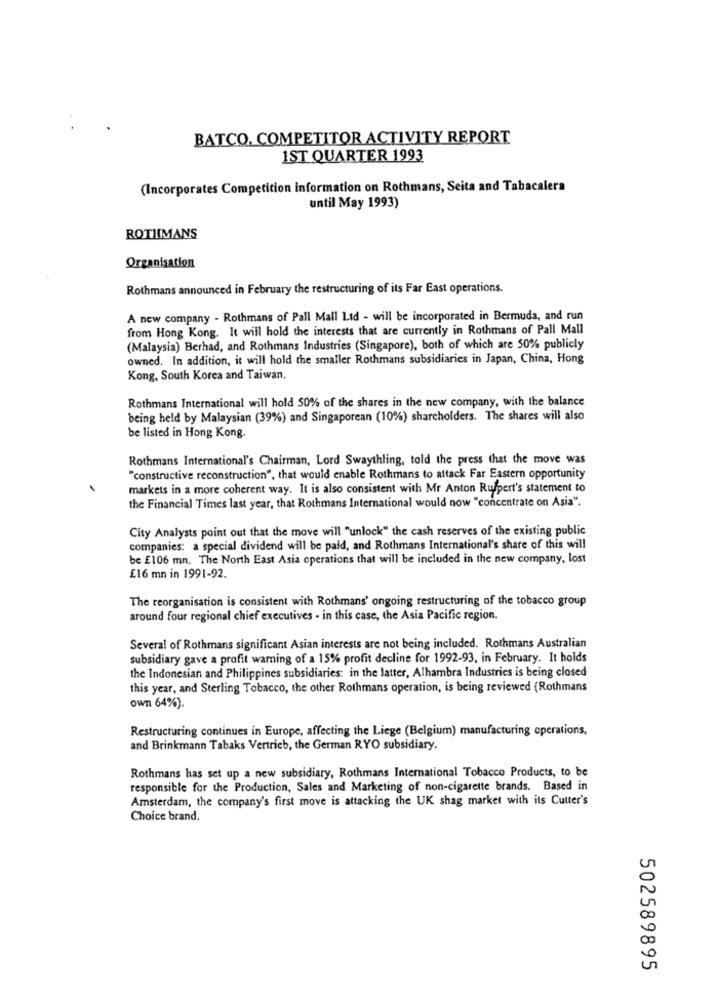
BATCO. COMPETITOR ACTIVITY REPORT
1ST QUARTER 1993
(Incorporates Competition information on Rothmans, Seita and Tabacalera
until May 1993)
ROTHMANS
Organisation
Rothmans announced in February the restructuring of its Far East operations.
A new company - Rothmans of Pall Mall Ltd - will be incorporated in Bermuda, and run
from Hong Kong. It will hold the interests that are currently in Rothmans of Pall Mall
(Malaysia) Berhad, and Rothmans Industries (Singapore), both of which are 50% publicly
owned. In addition, it will hold the smaller Rothmans subsidiaries in Japan, China, Hong
Kong, South Korea and Taiwan.
Rothmans International will hold 50% of the shares in the new company, with the balance
being held by Malaysian (39%) and Singaporean (10%) shareholders. The shares will also
be listed in Hong Kong.
Rothmans International's Chairman, Lord Swaythling, told the press that the move was
"constructive reconstruction", that would enable Rothmans to attack Far Eastern opportunity
markets in a more coherent way. It is also consistent with Mr Anton Rupert's statement to
the Financial Times last year, that Rothmans International would now "concentrate on Asia".
City Analysts point out that the move will "unlock" the cash reserves of the existing public
companies: a special dividend will be paid, and Rothmans International's share of this will
be £106 mn. The North East Asia operations that will be included in the new company, lost
£16 mn in 1991-92.
The reorganisation is consistent with Rothmans' ongoing restructuring of the tobacco group
around four regional chief executives - in this case, the Asia Pacific region.
Several of Rothmans significant Asian interests are not being included. Rothmans Australian
subsidiary gave a profit warning of a 15% profit decline for 1992-93, in February. It holds
the Indonesian and Philippines subsidiaries: in the latter, Alhambra Industries is being closed
this year, and Sterling Tobacco, the other Rothmans operation, is being reviewed (Rothmans
own 64%).
Restructuring continues in Europe, affecting the Liege (Belgium) manufacturing operations,
and Brinkmann Tabaks Vertrieb, the German RYO subsidiary.
Rothmans has set up a new subsidiary, Rothmans International Tobacco Products, to be
responsible for the Production, Sales and Marketing of non-cigarette brands. Based in
Amsterdam, the company's first move is attacking the UK shag market with its Cutter's
Choice brand.
502589895